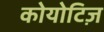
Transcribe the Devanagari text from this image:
कोयोटिज़